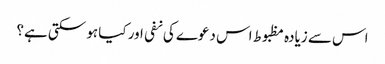
اس سے زیادہ مظبوط اس دعوے کی نفی اور کیا ہو سکتی ہے؟